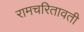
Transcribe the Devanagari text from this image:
रामचरितावती